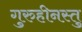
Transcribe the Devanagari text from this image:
गुरुहीनस्तु